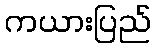
ကယားပြည်